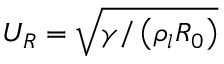
U _ { R } = \sqrt { \gamma / \left( \rho _ { l } R _ { 0 } \right) }